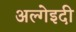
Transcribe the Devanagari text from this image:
अल्गेइदी